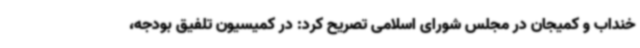
خنداب و کمیجان در مجلس شورای اسلامی تصریح کرد: در کمیسیون تلفیق بودجه،